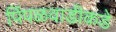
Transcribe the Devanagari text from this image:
पिंपळवाडीकडे